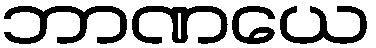
ဘာဏယေ